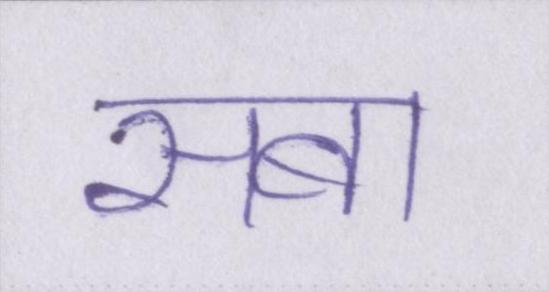
सबा